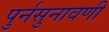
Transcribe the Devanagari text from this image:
पुर्नसुनावणी